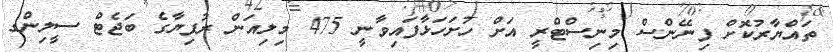
ތައްޔާރުކޮށް ފިނޭންސް މިނިސްޓްރީ އަށް ހުށަހަޅާފައިވާނީ 475 މިލިއަން ރުފިޔާގެ ބަޖެޓް ސީލިންގ